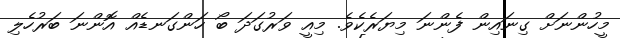
މީހުންނަށް ގިނައިން ފެންނަ މިޔަރެކެވެ. މިއީ ވަރުގަދަ ބޯ ހަންގަނޑެއް އޮންނަ ބަރުހެލި